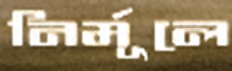
নির্মূলে